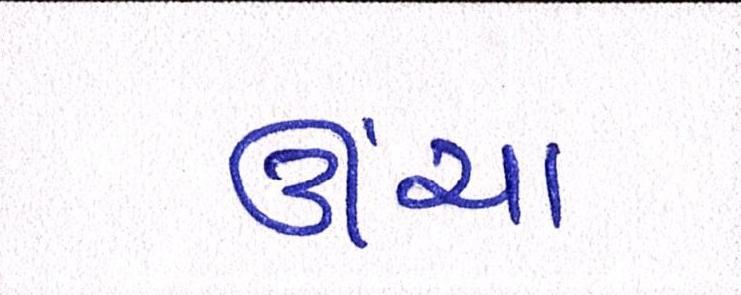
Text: ઊંચા